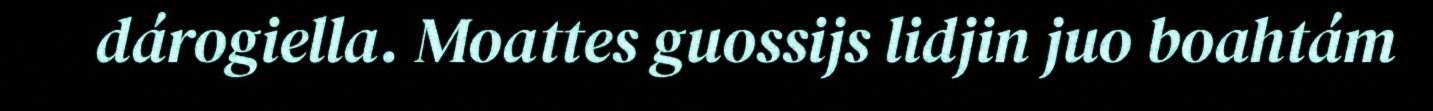
dárogiella. Moattes guossijs lidjin juo boahtám